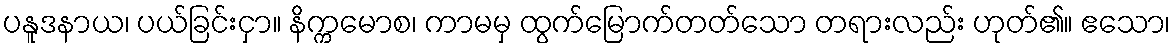
ပနူဒနာယ၊ ပယ်ခြင်းငှာ။ နိက္ကမောစ၊ ကာမမှ ထွက်မြောက်တတ်သော တရားလည်း ဟုတ်၏။ ဧသော၊